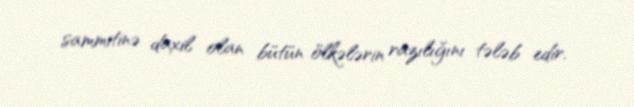
sammitinə daxil olan bütün ölkələrin razılığını tələb edir.